Punjab Mental Hospital Lahore 1932-46 - 1932-1946
Year: 1932
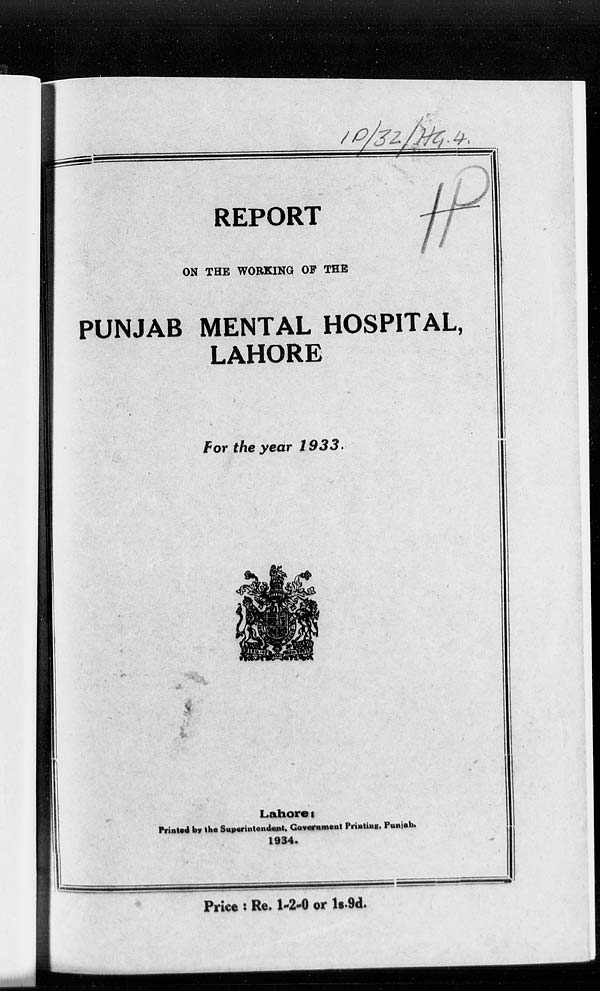
REPORT
ON THE WORKING OF THE
PUNJAB MENTAL HOSPITAL,
LAHORE
For the year 1933.
Lahore :
Printed by the Superintendent, Government Printing, Punjab.
1934.
Price : Re. 1-2-0 or 1s. 9d.